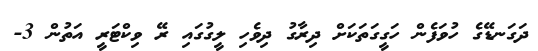
ދަގަނޑޭގެ ހުވަފެން ހަގީގަތަކަށް ދިރާގު ދިވެހި ލީގުގައި ރޭ ވިކްޓަރީ އަތުން 3-